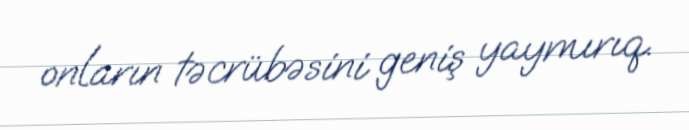
onların təcrübəsini geniş yaymırıq.